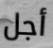
أجل